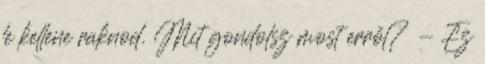
le kellene raknod. Mit gondolsz most erről? - Ez